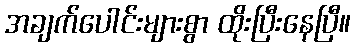
အချက်ပေါင်းများစွာ ထိုးပြီးနေပြီ။